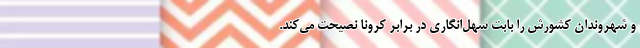
و شهروندان کشورش را بابت سهل‌انگاری در برابر کرونا نصیحت می‌کند.